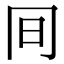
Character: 𠕌